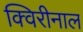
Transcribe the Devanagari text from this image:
क्विरीनाल